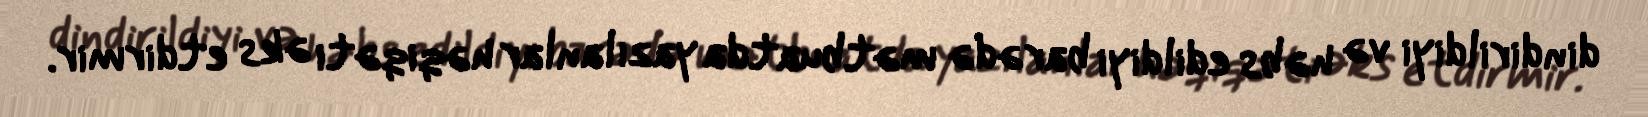
dindirildiyi və həbs edildiyi barədə mətbuatda yazılanlar həqiqəti əks etdirmir.